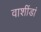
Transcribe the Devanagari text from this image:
वाशींडां